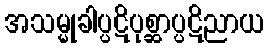
အသမ္မုခါပ္ပဋိပုစ္ဆာပ္ပဋိညာယ